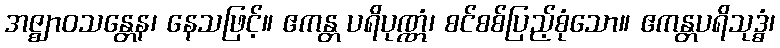
အဇ္ဈာဝသန္တေန၊ နေသဖြင့်။ ဧကန္တ ပရိပုဏ္ဏံ၊ စင်စစ်ပြည့်စုံသော။ ဧကန္တပရိသုဒ္ဓံ၊